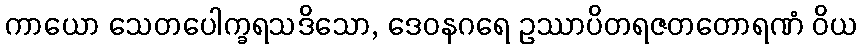
ကာယော သေတပေါက္ခရသဒိသော, ဒေဝနဂရေ ဥဿာပိတရဇတတောရဏံ ဝိယ